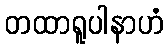
တထာရူပါနာဟံ